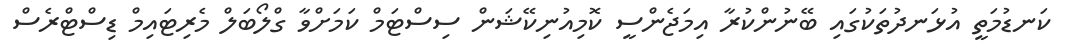
ކަނޑުމަތީ އުޅަނދުތަކުގައި ބޭނުންކުރާ އިމަޖެންސީ ކޮމިއުނިކޭޝަން ސިސްޓަމް ކަމަށްވާ ގްލޯބަލް މެރިޓައިމް ޑިސްޓްރެސް